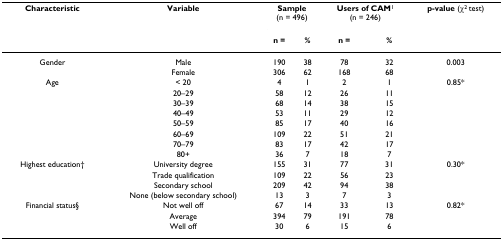
<table><thead><tr><td><b>Characteristic</b></td><td><b>Variable</b></td><td colspan="2"><b>Sample(n = 496)</b></td><td colspan="2"><b>Users of CAM<sup>1</sup>(n = 246)</b></td><td><b>p-value (χ<sup>2 </sup>test)</b></td></tr><tr><td></td><td></td><td><b>n =</b></td><td><b>%</b></td><td><b>n =</b></td><td><b>%</b></td><td></td></tr></thead><tbody><tr><td>Gender</td><td>Male</td><td>190</td><td>38</td><td>78</td><td>32</td><td>0.003</td></tr><tr><td></td><td>Female</td><td>306</td><td>62</td><td>168</td><td>68</td><td></td></tr><tr><td>Age</td><td>&lt; 20</td><td>4</td><td>1</td><td>2</td><td>1</td><td>0.85*</td></tr><tr><td></td><td>20–29</td><td>58</td><td>12</td><td>26</td><td>11</td><td></td></tr><tr><td></td><td>30–39</td><td>68</td><td>14</td><td>38</td><td>15</td><td></td></tr><tr><td></td><td>40–49</td><td>53</td><td>11</td><td>29</td><td>12</td><td></td></tr><tr><td></td><td>50–59</td><td>85</td><td>17</td><td>40</td><td>16</td><td></td></tr><tr><td></td><td>60–69</td><td>109</td><td>22</td><td>51</td><td>21</td><td></td></tr><tr><td></td><td>70–79</td><td>83</td><td>17</td><td>42</td><td>17</td><td></td></tr><tr><td></td><td>80+</td><td>36</td><td>7</td><td>18</td><td>7</td><td></td></tr><tr><td>Highest education†</td><td>University degree</td><td>155</td><td>31</td><td>77</td><td>31</td><td>0.30*</td></tr><tr><td></td><td>Trade qualification</td><td>109</td><td>22</td><td>56</td><td>23</td><td></td></tr><tr><td></td><td>Secondary school</td><td>209</td><td>42</td><td>94</td><td>38</td><td></td></tr><tr><td></td><td>None (below secondary school)</td><td>13</td><td>3</td><td>7</td><td>3</td><td></td></tr><tr><td>Financial status§</td><td>Not well off</td><td>67</td><td>14</td><td>33</td><td>13</td><td>0.82*</td></tr><tr><td></td><td>Average</td><td>394</td><td>79</td><td>191</td><td>78</td><td></td></tr><tr><td></td><td>Well off</td><td>30</td><td>6</td><td>15</td><td>6</td><td></td></tr></tbody></table>